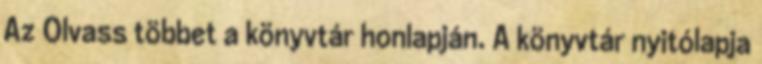
Az Olvass többet a könyvtár honlapján. A könyvtár nyitólapja